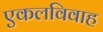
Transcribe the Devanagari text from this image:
एकलविवाह